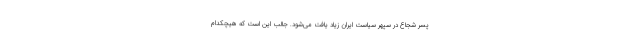
پسر شجاع در سپهر سیاست ایران زیاد یافت می‌شود. جالب این است که هیچکدام